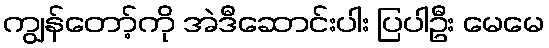
ကျွန်တော့်ကို အဲဒီဆောင်းပါး ပြပါဦး မေမေ